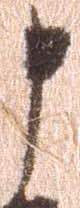
申